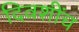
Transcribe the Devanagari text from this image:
दिवशींच